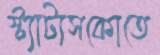
স্ট্যাটাসকোতে